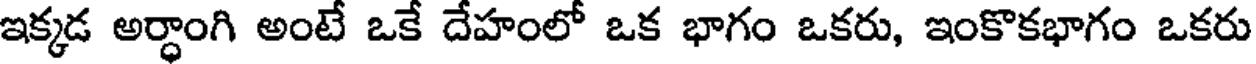
ఇక్కడ అర్ధాంగి అంటే ఒకే దేహంలో ఒక భాగం ఒకరు, ఇంకొకభాగం ఒకరు